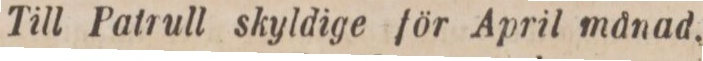
Till Patrull skyldige för April månad,